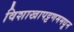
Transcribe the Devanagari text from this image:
विशाखापट्टणममधून